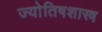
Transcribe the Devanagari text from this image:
ज्याेतिषशास्त्र